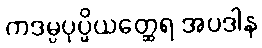
ကဒမ္ပပုပ္ဖိယတ္ထေရ အပဒါန